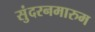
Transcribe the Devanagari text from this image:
सुंदरनमारुम